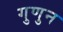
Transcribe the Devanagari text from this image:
गुणुन